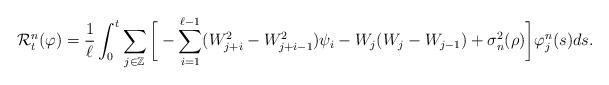
LaTeX: \begin{align*}\mathcal{R}^n_t (\varphi) = \frac{1}{\ell} \int_0^t \sum_{j \in \mathbb{Z}} \bigg[ - \sum_{i=1}^{\ell-1} (W^2_{j+i}-W^2_{j+i-1})\psi_i - W_j (W_j - W_{j-1}) + \sigma_n^2(\rho) \bigg] \varphi^n_j (s )ds .\end{align*}